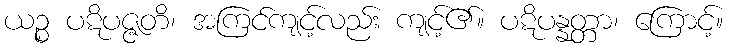
ယဉ္စ ပဋိပဇ္ဇတိ၊ အကြင်ကျင့်လည်း ကျင့်၏။ ပဋိပန္နတ္တာ၊ ကြောင့်။